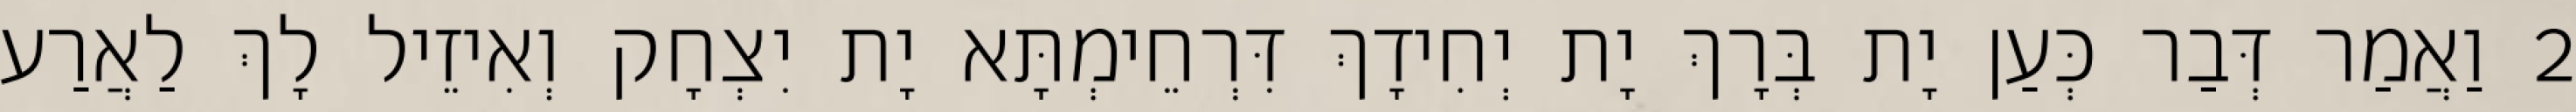
2 וַאֲמַר דְּבַר כְּעַן יָת בְּרָךְ יָת יְחִידָךְ דִּרְחֵימְתָּא יָת יִצְחָק וְאִיזֵיל לָךְ לַאֲרַע